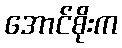
အောင်စိုးက